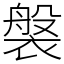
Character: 褩